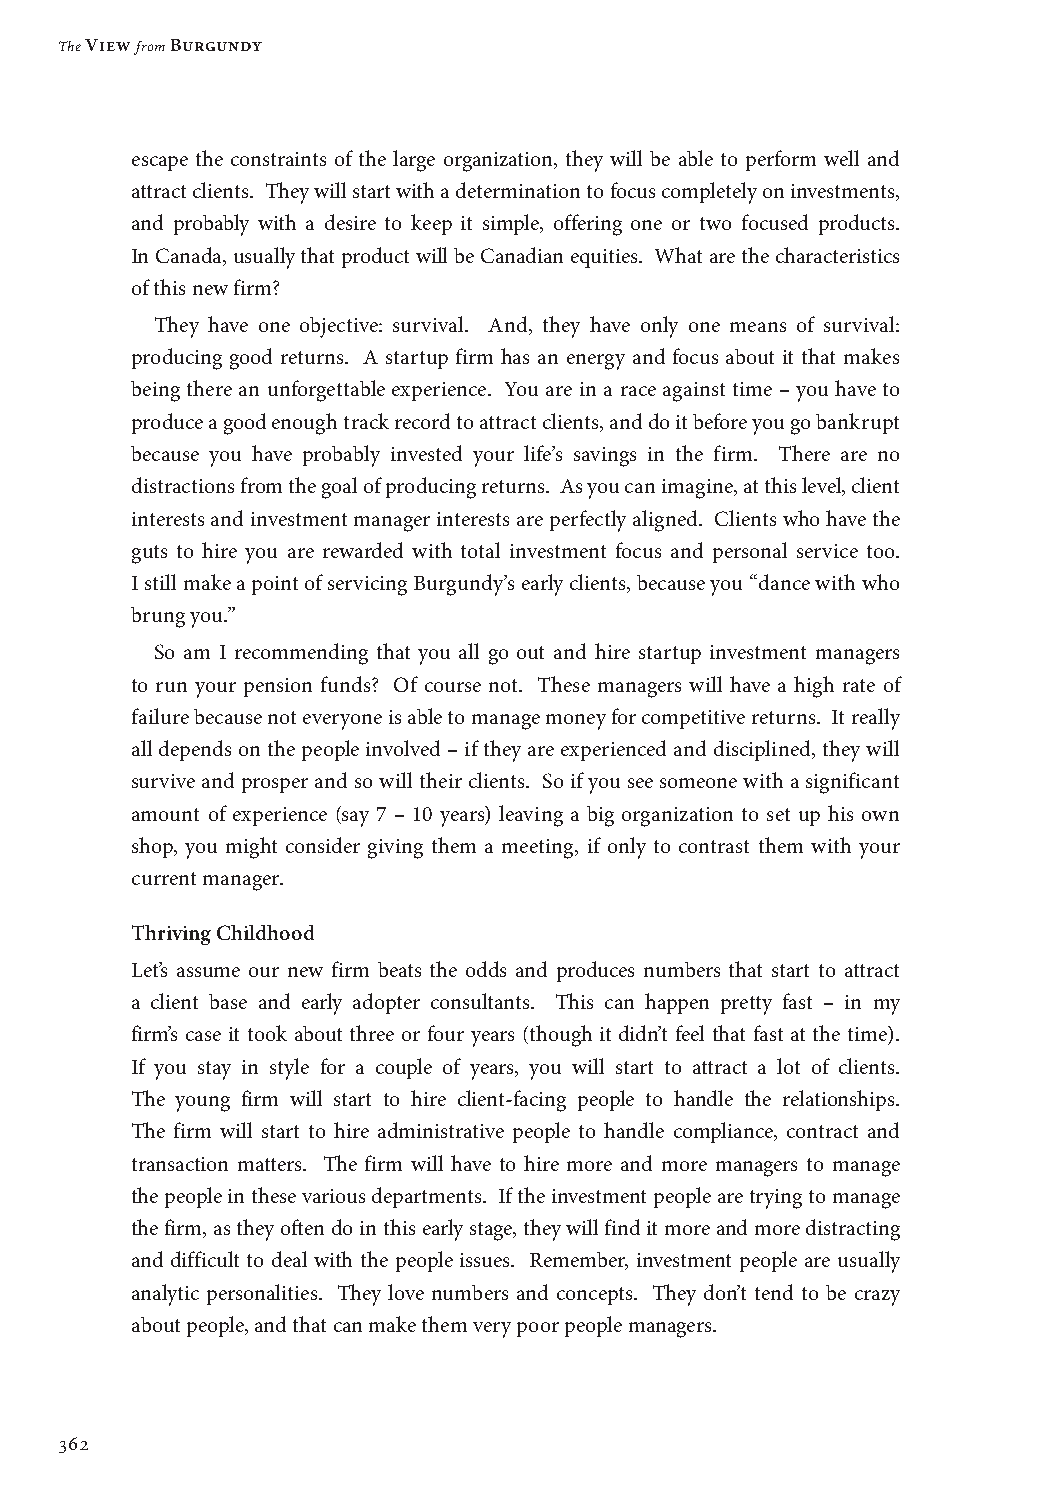
The View from Burgundy
 escape the constraints of the large organization, they will be able to perform well and
 attract clients. They will start with a determination to focus completely on investments,
 and probably with a desire to keep it simple, offering one or two focused products.
 In Canada, usually that product will be Canadian equities. What are the characteristics
 of this new firm?
 They have one objective: survival. And, they have only one means of survival:
 producing good returns. A startup firm has an energy and focus about it that makes
 being there an unforgettable experience. You are in a race against time – you have to
 produce a good enough track record to attract clients, and do it before you go bankrupt
 because you have probably invested your life’s savings in the firm. There are no
 distractions from the goal of producing returns. As you can imagine, at this level, client
 interests and investment manager interests are perfectly aligned. Clients who have the
 guts to hire you are rewarded with total investment focus and personal service too.
 I still make a point of servicing Burgundy’s early clients, because you “dance with who
 brung you.”
 So am I recommending that you all go out and hire startup investment managers
 to run your pension funds? Of course not. These managers will have a high rate of
 failure because not everyone is able to manage money for competitive returns. It really
 all depends on the people involved – if they are experienced and disciplined, they will
 survive and prosper and so will their clients. So if you see someone with a significant
 amount of experience (say 7 – 10 years) leaving a big organization to set up his own
 shop, you might consider giving them a meeting, if only to contrast them with your
 current manager.
 Thriving Childhood
 Let’s assume our new firm beats the odds and produces numbers that start to attract
 a client base and early adopter consultants. This can happen pretty fast – in my
 firm’s case it took about three or four years (though it didn’t feel that fast at the time).
 If you stay in style for a couple of years, you will start to attract a lot of clients.
 The young firm will start to hire client-facing people to handle the relationships.
 The firm will start to hire administrative people to handle compliance, contract and
 transaction matters. The firm will have to hire more and more managers to manage
 the people in these various departments. If the investment people are trying to manage
 the firm, as they often do in this early stage, they will find it more and more distracting
 and difficult to deal with the people issues. Remember, investment people are usually
 analytic personalities. They love numbers and concepts. They don’t tend to be crazy
 about people, and that can make them very poor people managers.
 362